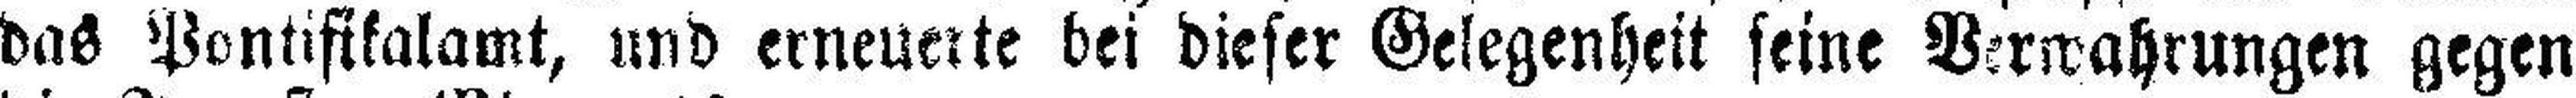
das Pontifikalamt, und erneuerte bei dieser Gelegenheit seine Verwahrungen gegen